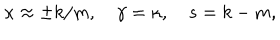
\kappa \approx \pm k / m , \quad \gamma = \kappa , \quad s = k - m ,